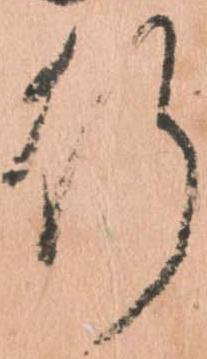
行